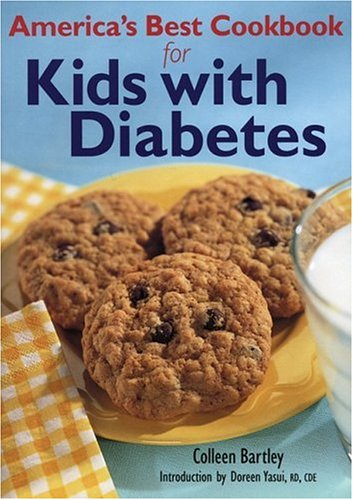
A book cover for America's Best Cookbook for Kids with Diabetes; Colleen Bartley; Cookbooks, Food & Wine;